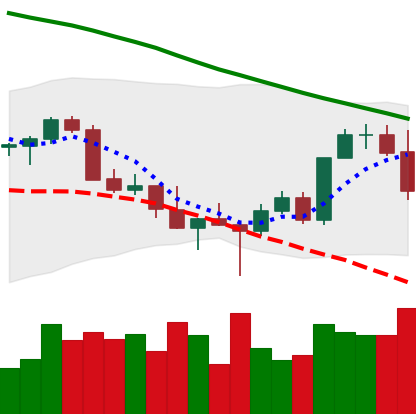
Ticker: XMR-USD
Chart end date: 2022-03-04
Forward return: 18.167%
Label: up_7plus